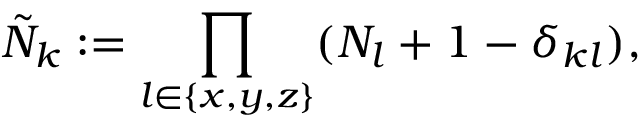
\tilde { N } _ { k } : = \prod _ { l \in \{ x , y , z \} } ( N _ { l } + 1 - \delta _ { k l } ) ,